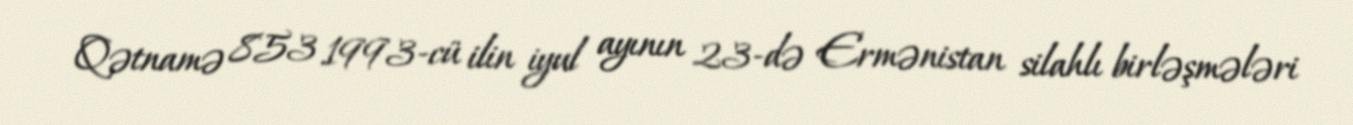
Qətnamə 853 1993-cü ilin iyul ayının 23-də Ermənistan silahlı birləşmələri